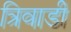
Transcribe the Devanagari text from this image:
त्रिवाडी